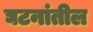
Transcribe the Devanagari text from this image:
घटनांतील